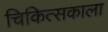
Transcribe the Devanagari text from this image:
चिकित्सकाला